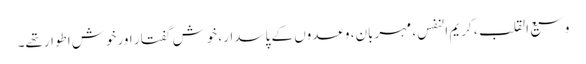
وسیع القلب، کریم النفس، مہربان، وعدوں کے پاسدار، خوش گفتار اورخوش اطوارتھے۔